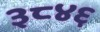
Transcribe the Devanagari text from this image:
३८४६